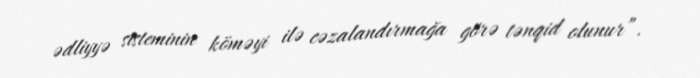
ədliyyə sisteminin köməyi ilə cəzalandırmağa görə tənqid olunur”.